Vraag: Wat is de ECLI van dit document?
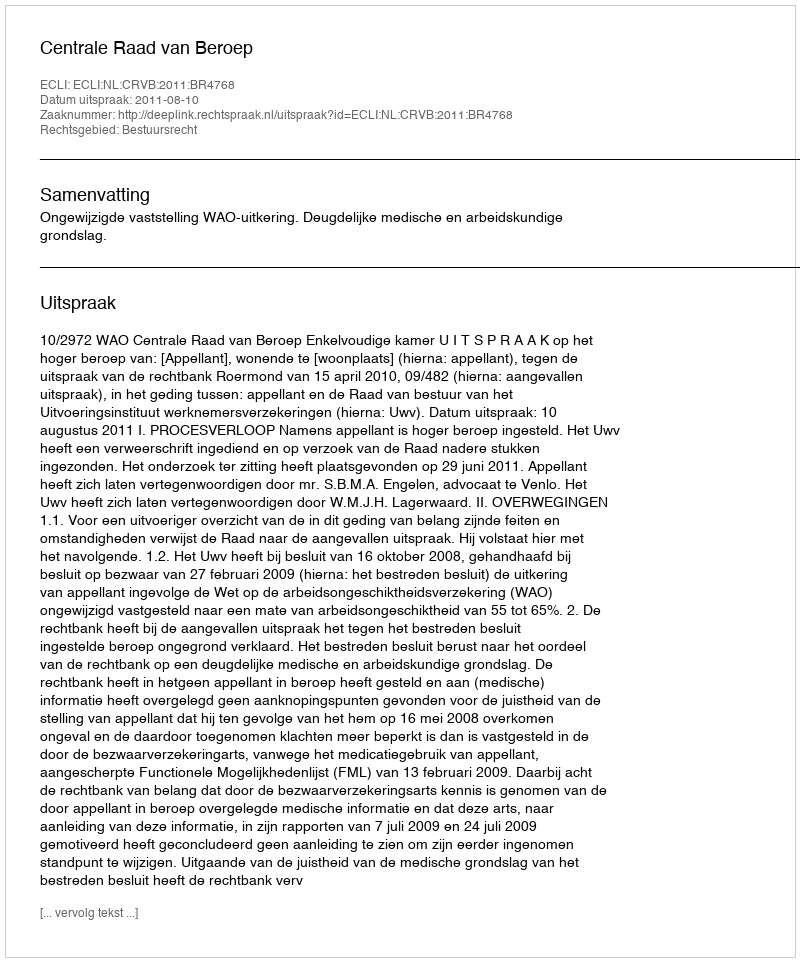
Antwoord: ECLI:NL:CRVB:2011:BR4768